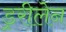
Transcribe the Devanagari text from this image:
ड्ररीलेन